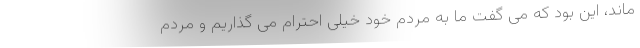
ماند، این بود که می گفت ما به مردم خود خیلی احترام می گذاریم و مردم